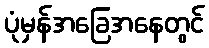
ပုံမှန်အခြေအနေတွင်